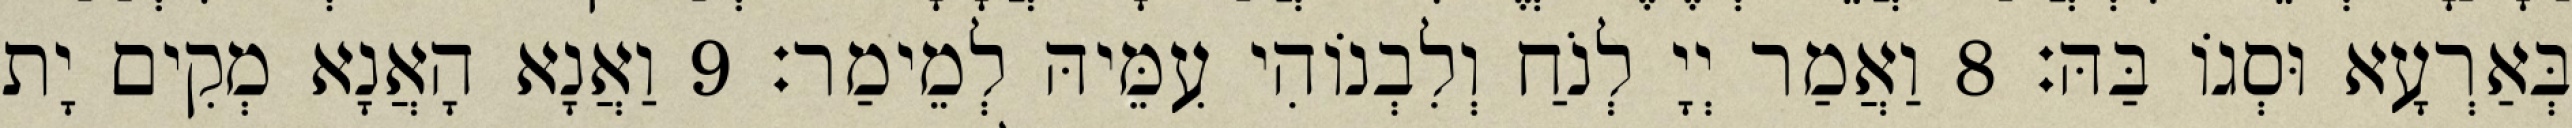
בְּאַרְעָא וּסְגוֹ בַּהּ׃ 8 וַאֲמַר יְיָ לְנֹחַ וְלִבְנוֹהִי עִמֵּיהּ לְמֵימַר׃ 9 וַאֲנָא הָאֲנָא מְקִים יָת